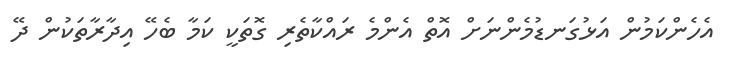
އެހެންކަމުން އަޅުގަނޑުމެންނަށް އޮތް އެންމެ ރައްކާތެރި ގޮތަކީ ކަމާ ބެހޭ އިދާރާތަކުން ދޭ